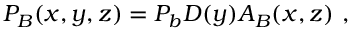
P _ { B } ( x , y , z ) = P _ { b } D ( y ) A _ { B } ( x , z ) ~ ,